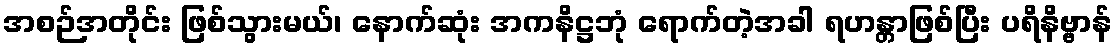
အစဉ်အတိုင်း ဖြစ်သွားမယ်၊ နောက်ဆုံး အကနိဋ္ဌဘုံ ရောက်တဲ့အခါ ရဟန္တာဖြစ်ပြီး ပရိနိဗ္ဗာန်